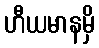
ဟီယမာနမှိ